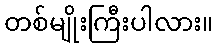
တစ်မျိုးကြီးပါလား။